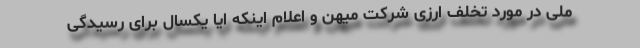
ملی در مورد تخلف ارزی شرکت میهن و اعلام اینکه ایا یکسال برای رسیدگی